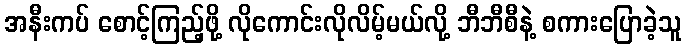
အနီးကပ် စောင့်ကြည့်ဖို့ လိုကောင်းလိုလိမ့်မယ်လို့ ဘီဘီစီနဲ့ စကားပြောခဲ့သူ